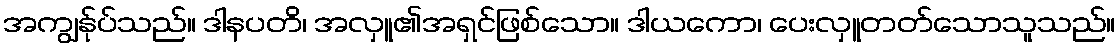
အကျွန်ုပ်သည်။ ဒါနပတိ၊ အလှူ၏အရှင်ဖြစ်သော။ ဒါယကော၊ ပေးလှူတတ်သောသူသည်။